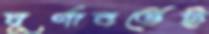
ঘূর্ণাবর্তেই